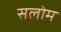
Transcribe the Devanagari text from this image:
सलोम